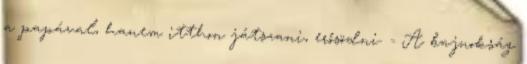
a papával, hanem itthon játszani, erősödni. - A bajnokság